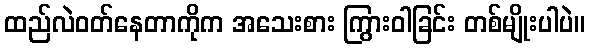
ထည်လဲဝတ်နေတာကိုက အသေးစား ကြွားဝါခြင်း တစ်မျိုးပါပဲ။